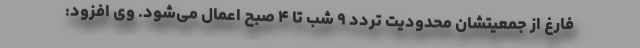
فارغ از جمعیتشان محدودیت تردد ۹ شب تا ۴ صبح اعمال می‌شود. وی افزود: